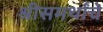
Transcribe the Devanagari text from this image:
श्रीसमर्थांचे